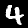
Label: 4